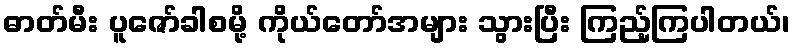
ဓာတ်မီး ပူဇော်ခါစမို့ ကိုယ်တော်အများ သွားပြီး ကြည့်ကြပါတယ်၊